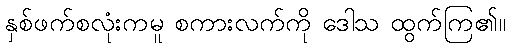
နှစ်ဖက်စလုံးကမူ စကားလက်ကို ဒေါသ ထွက်ကြ၏။